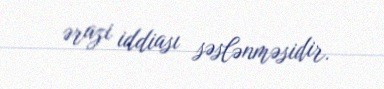
ərazi iddiası səslənməsidir.